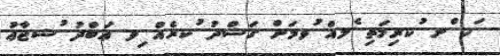
ަހ ްށ ުކރިމަތި ެލއް ުވމަށް ގަސްދު ުކރެއް ިވ ޢަބްދު ުޝޖާޢު